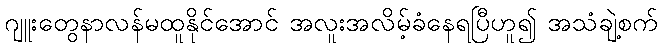
ဂျူးတွေနာလန်မထူနိုင်အောင် အလူးအလိမ့်ခံနေရပြီဟူ၍ အသံချဲ့စက်